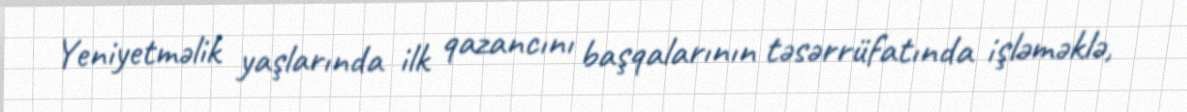
Yeniyetməlik yaşlarında ilk qazancını başqalarının təsərrüfatında işləməklə,